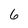
Character: 6